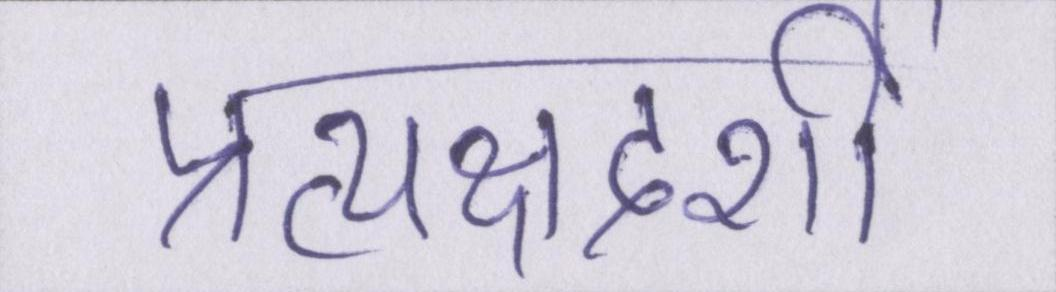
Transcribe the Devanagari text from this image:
प्रत्यक्षदर्शी